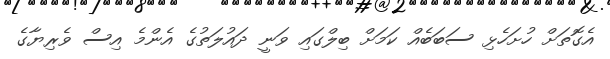
އެގޮތަށް ހުށަހެޅި ސަބަބެއް ކަމަށް ބިލްގައި ވަނީ ދައުލަތުގެ އެންމެ އިސް ވެރިޔާގެ